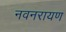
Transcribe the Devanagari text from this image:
नवनरायण